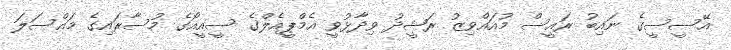
އޭސީސީގެ ނައިބު ރައީސް މުއައްވިޒު ރަޝީދު ވިދާޅުވީ އެމްޕީއެލްގެ ސީއީއޯގެ މުސާރައިގެ މައްސަލަ